Civil Veterinary Department. United Provinces 1923-31 - 1923-1931
Year: 1923
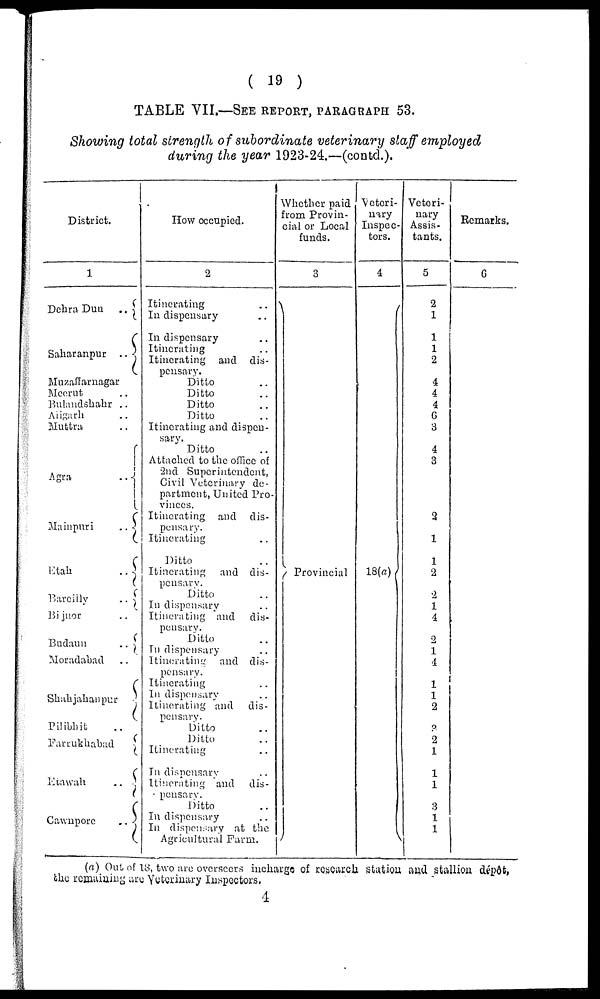
( 19 )
TABLE VII.—SEE REPORT, PARAGRAPH 53.
Showing total strength of subordinate veterinary staff employed
during the year 1923-24.—(contd.).
District.
1
Dehra Dun
..
Saharanpur ..
Muzaffarnagar
Meerut ..
Bulandshahr ..
Aiigarh ..
Muttra ..
Agra
..
Mainpuri
..
Etah
..
Barciily
..
Bijnor ..
Budaun
..
Moradabad ..
Shah jahanpur
Pilibhit ..
Farrukhabad
Etawah
..
Cawnpore
..
How occupied.
2
Itinerating
..
In dispensary ..
In dispensary ..
Itinerating ..
Itinerating and dis-
pensary.
Ditto ..
Ditto ..
Ditto ..
Ditto ..
Itinerating and dispen-
sary.
Ditto ..
Attached to the office of
2nd Superintendent,
Civil Veterinary de-
partment, United Pro-
vinces.
Itinerating and dis-
pensary.
Itinerating ..
Ditto ..
Itinerating and dis-
pensary.
Ditto ..
In dispensary ..
Itinerating and dis-
pensary.
Ditto ..
In dispensary ..
Itinerating and dis-
pensary.
Itinerating ..
In dispensary ..
Itinerating and dis-
pensary.
Ditto ..
Ditto ..
Itinerating ..
In dispensary ..
Itinerating and dis-
- pensary.
Ditto ..
In dispensary ..
In dispensary at the
Agricultural Farm.
Whether paid
from Provin-
cial or Local
funds.
3
Provincial
Veteri-
nary
Inspec-
tors.
4
18(a)
Veteri-
nary
Assis-
tants.
5
2
1
1
1
2
4
4
4
6
3
4
3
2
1
1
2
2
1
4
2
1
4
1
1
2
3
2
1
1
1
3
1
1
Remarks.
6
(a) Out of 18, two arc overseers incharge of research station and stallion dépôt,
the remaining are Veterinary Inspectors.
4